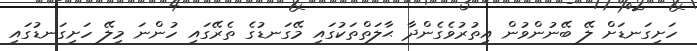
ހަށިގަނޑަށް ލޭ ބޭނުންވުން އިތުރުވެގެންދާ ޙާލަތްތަކުގައި މޭގަނޑުގެ ތެރޭގައި ހުންނަ މިލޭ ހަށިގަނޑުގައި